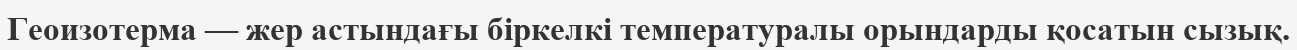
Геоизотерма — жер астындағы біркелкі температуралы орындарды қосатын сызық.